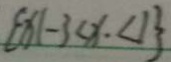
\{ x \vert - 3 < x . < 1 \}